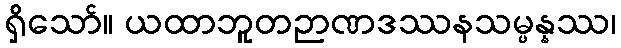
ရှိသော်။ ယထာဘူတဉာဏဒဿနသမ္ပန္နဿ၊